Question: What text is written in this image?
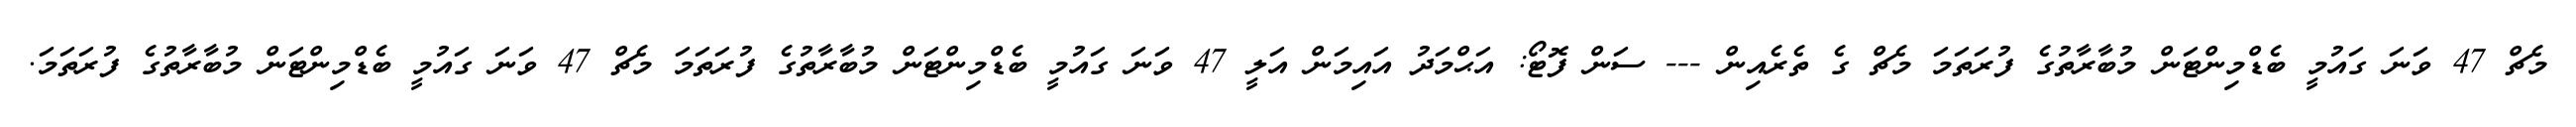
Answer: މެޗް 47 ވަނަ ގައުމީ ބެޑްމިންޓަން މުބާރާތުގެ ފުރަތަމަ މެޗް ގެ ތެރެއިން --- ސަން ފޮޓޯ: އަޙްމަދު އައިމަން އަލީ 47 ވަނަ ގައުމީ ބެޑްމިންޓަން މުބާރާތުގެ ފުރަތަމަ މެޗް 47 ވަނަ ގައުމީ ބެޑްމިންޓަން މުބާރާތުގެ ފުރަތަމަ.